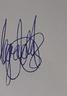
Signature authenticity: genuine